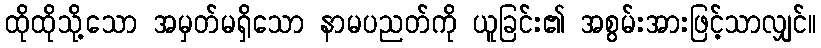
ထိုထိုသို့သော အမှတ်မရှိသော နာမပညတ်ကို ယူခြင်း၏ အစွမ်းအားဖြင့်သာလျှင်။